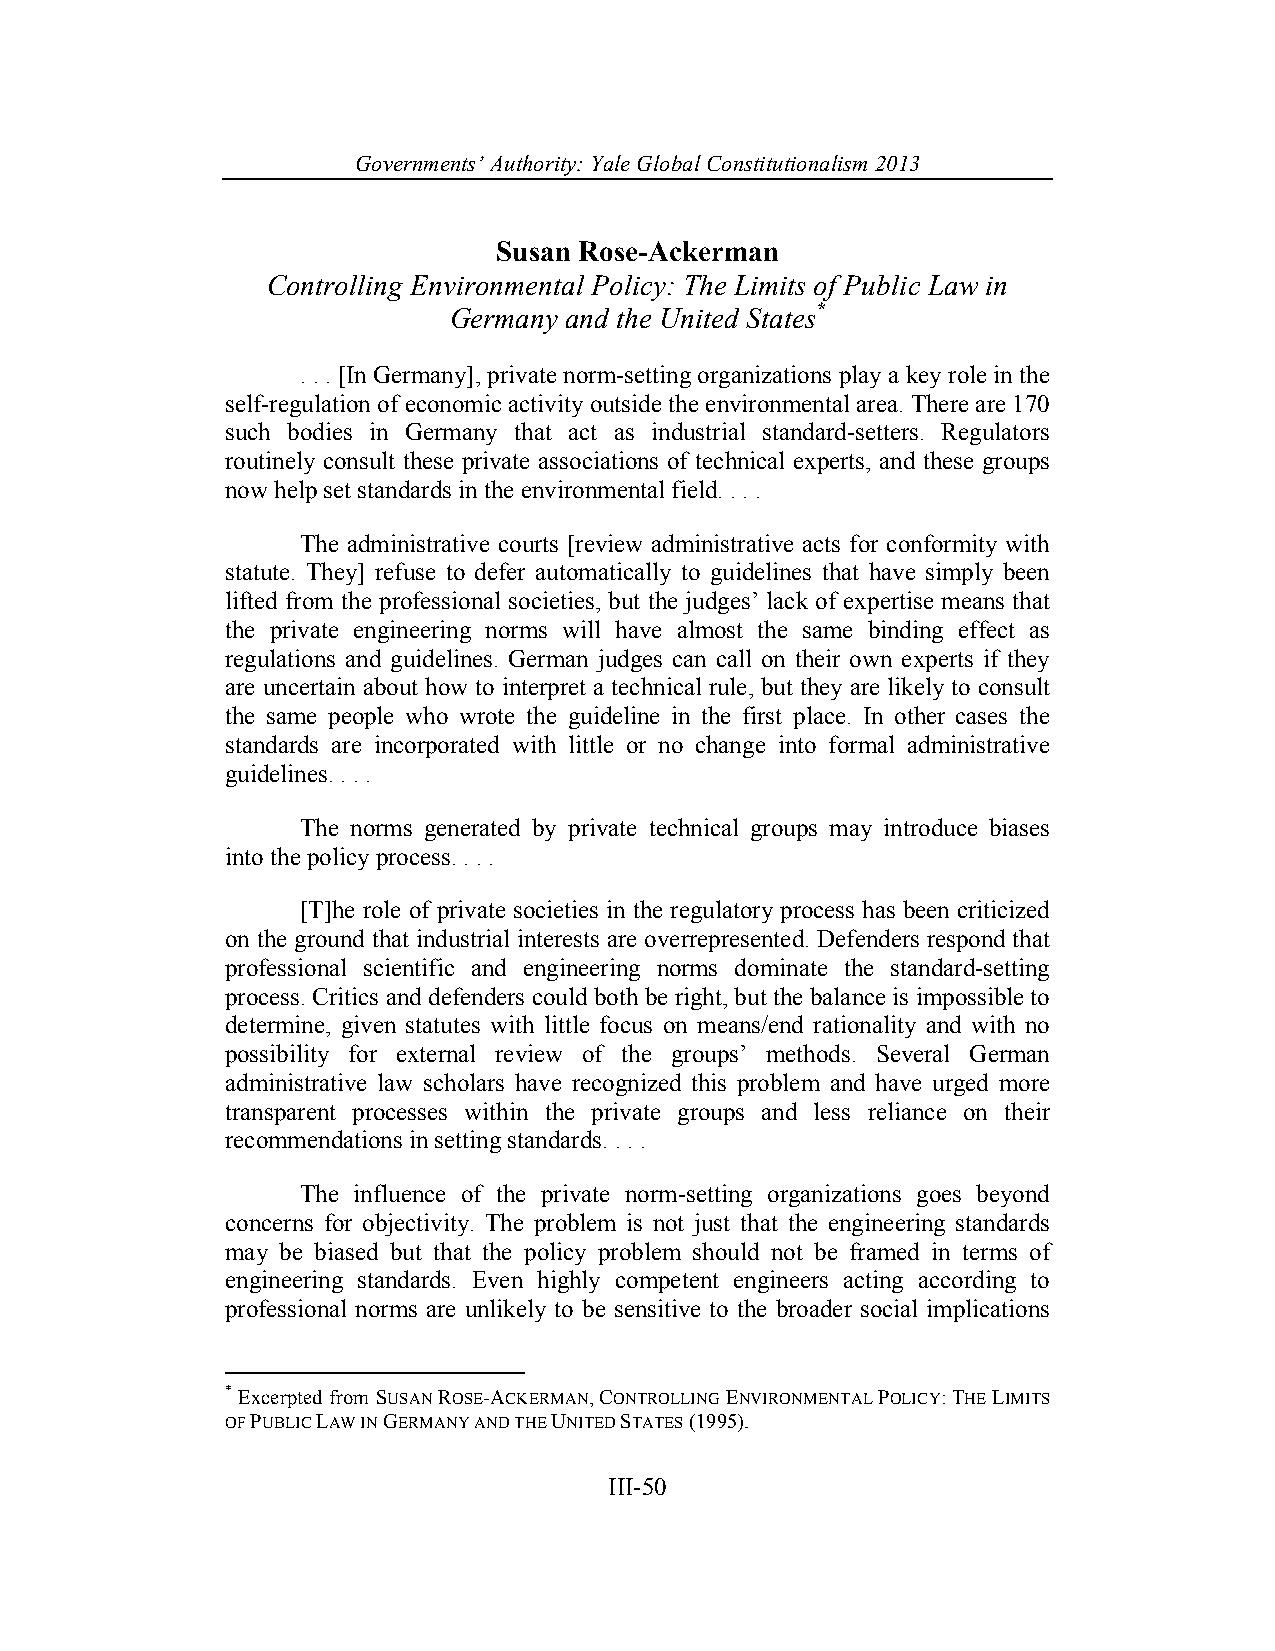
Governments’ Authority: Yale Global Constitutionalism 2013
 Susan Rose-Ackerman
 Controlling Environmental Policy: The Limits of Public Law in
 Germany and the United States*
 . . . [In Germany], private norm-setting organizations play a key role in the
 self-regulation of economic activity outside the environmental area. There are 170
 such bodies in Germany that act as industrial standard-setters. Regulators
 routinely consult these private associations of technical experts, and these groups
 now help set standards in the environmental field. . . .
 The administrative courts [review administrative acts for conformity with
 statute. They] refuse to defer automatically to guidelines that have simply been
 lifted from the professional societies, but the judges’ lack of expertise means that
 the private engineering norms will have almost the same binding effect as
 regulations and guidelines. German judges can call on their own experts if they
 are uncertain about how to interpret a technical rule, but they are likely to consult
 the same people who wrote the guideline in the first place. In other cases the
 standards are incorporated with little or no change into formal administrative
 guidelines. . . .
 The norms generated by private technical groups may introduce biases
 into the policy process. . . .
 [T]he role of private societies in the regulatory process has been criticized
 on the ground that industrial interests are overrepresented. Defenders respond that
 professional scientific and engineering norms dominate the standard-setting
 process. Critics and defenders could both be right, but the balance is impossible to
 determine, given statutes with little focus on means/end rationality and with no
 possibility for external review of the groups’ methods. Several German
 administrative law scholars have recognized this problem and have urged more
 transparent processes within the private groups and less reliance on their
 recommendations in setting standards. . . .
 The influence of the private norm-setting organizations goes beyond
 concerns for objectivity. The problem is not just that the engineering standards
 may be biased but that the policy problem should not be framed in terms of
 engineering standards. Even highly competent engineers acting according to
 professional norms are unlikely to be sensitive to the broader social implications
 * Excerpted from SUSAN ROSE-ACKERMAN, CONTROLLING ENVIRONMENTAL POLICY: THE LIMITS
 OF PUBLIC LAW IN GERMANY AND THE UNITED STATES (1995).
 III-50